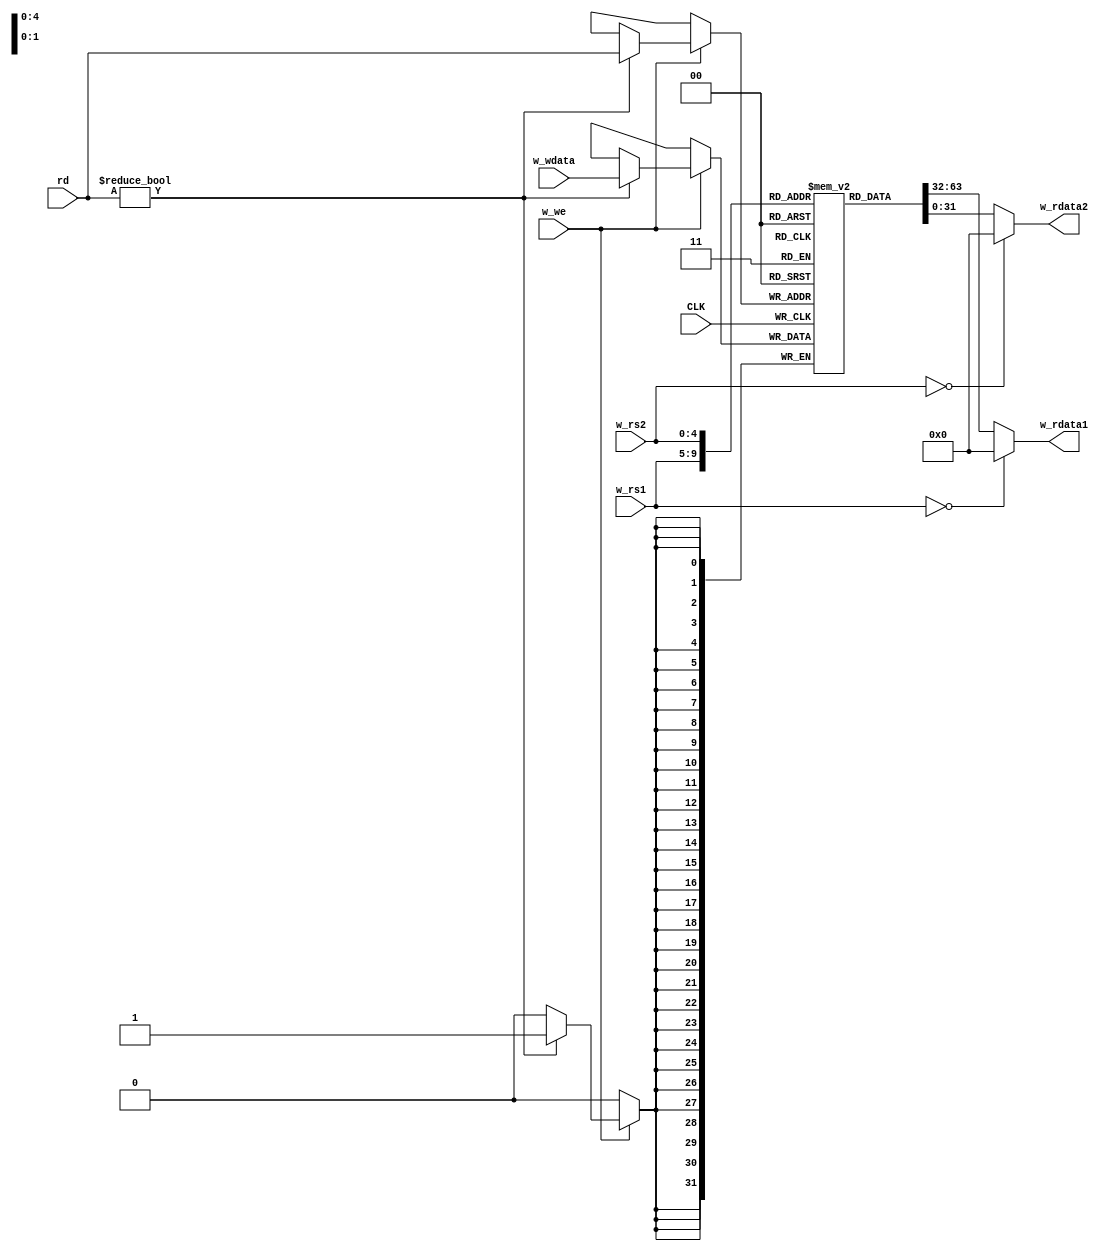
// RISCV microcontroller, extracted from the RVSoC project of the Kise Lab of
// the University of Tokyo. BSD License.


// 2-ported register file
//
module m_regfile (CLK, w_rs1, w_rs2, w_rdata1, w_rdata2, w_we, rd, w_wdata);
    input  wire        CLK;
    input  wire [ 4:0] w_rs1, w_rs2;
    output wire [31:0] w_rdata1, w_rdata2;
    input  wire        w_we;
    input  wire [ 4:0] rd;
    input  wire [31:0] w_wdata;

    reg [31:0] mem [0:31];

    assign w_rdata1 = (w_rs1 == 0) ? 0 : mem[w_rs1];
    assign w_rdata2 = (w_rs2 == 0) ? 0 : mem[w_rs2];

    always @(posedge CLK) begin
        if(w_we) begin
            if(rd!=0) mem[rd] <= w_wdata;
        end
    end

    wire [31:0] reg8 = mem[8];
    wire [31:0] reg9 = mem[9];
    wire [31:0] reg10 = mem[10];
    wire [31:0] reg11 = mem[11];
    wire [31:0] reg12 = mem[12];
    wire [31:0] reg13 = mem[13];

    integer i;
    initial begin
      for(i=0; i<32; i=i+1) mem[i] = 0;
    end
endmodule

// Pipeline stages
//
`define MC_IF  0     // Inst Fetch + Write-back
`define MC_OF  1     // Operand Fetch
`define MC_EX  2     // Execution
`define MC_MA  3     // Memory Access

// Immediates generator
//
`define OPCODE_OP______ 7'h33
`define OPCODE_OP_IMM__ 7'h13
`define OPCODE_LOAD____ 7'h03
`define OPCODE_JALR____ 7'h67
`define OPCODE_STORE___ 7'h23
`define OPCODE_BRANCH__ 7'h63
`define OPCODE_LUI_____ 7'h37
`define OPCODE_AUIPC___ 7'h17
`define OPCODE_JAL_____ 7'h6F
`define OPCODE_JALR____ 7'h67
`define OPCODE_MISC_MEM 7'h0F
`define OPCODE_SYSTEM__ 7'h73

module m_imm_gen(w_inst, r_imm);
    input  wire [31:0]  w_inst;
    output reg  [31:0]  r_imm;
    
    wire [6:0] opcode = w_inst[6:0];
    wire [31:0] imm_I = { {21{w_inst[31]}}, w_inst[30:25], w_inst[24:20] };
    wire [31:0] imm_S = { {21{w_inst[31]}}, w_inst[30:25], w_inst[11:8], w_inst[7] };
    wire [31:0] imm_B = { {20{w_inst[31]}}, w_inst[7],w_inst[30:25] ,w_inst[11:8], 1'b0 };
    wire [31:0] imm_U = { w_inst[31:12], 12'b0 };
    wire [31:0] imm_J = { {12{w_inst[31]}}, w_inst[19:12], w_inst[20], w_inst[30:25], w_inst[24:21], 1'b0 };
    wire [31:0] imm_C = { 27'b0, w_inst[19:15] };
    
    always @(*) begin
        case (opcode)
            `OPCODE_OP_IMM__ : r_imm = imm_I;
            `OPCODE_STORE___ : r_imm = imm_S;
            `OPCODE_LOAD____ : r_imm = imm_I;
            `OPCODE_LUI_____ : r_imm = imm_U;
            `OPCODE_BRANCH__ : r_imm = imm_B;
            `OPCODE_AUIPC___ : r_imm = imm_U;
            `OPCODE_JAL_____ : r_imm = imm_J;
            `OPCODE_JALR____ : r_imm = imm_I;
            `OPCODE_SYSTEM__ : r_imm = imm_C;
            default          : r_imm = 0;
        endcase
    end
endmodule

// Integer ALU
//
`define FUNCT3_ADD___   3'h0
`define FUNCT3_SLL___   3'h1
`define FUNCT3_SLT___   3'h2
`define FUNCT3_SLTU__   3'h3
`define FUNCT3_XOR___   3'h4
`define FUNCT3_SRL___   3'h5
`define FUNCT3_OR____   3'h6
`define FUNCT3_AND___   3'h7

module m_alu_i (w_in1, w_in2, w_funct3, w_funct7, r_rslt);
    input wire [31:0]   w_in1, w_in2;
    input wire  [2:0]   w_funct3;
    input wire  [6:0]   w_funct7;
    output reg [31:0]   r_rslt;
    
    wire signed [31:0] w_sin1 = w_in1;
    wire signed [31:0] w_sin2 = w_in2;
    
    wire [4:0] w_shamt = w_in2[4:0];
    
    always@(*) begin
        case (w_funct3)
            `FUNCT3_ADD___ : r_rslt = (w_funct7) ? w_in1 - w_in2 : w_in1 + w_in2;
            `FUNCT3_SLL___ : r_rslt = w_in1 << w_shamt;
            `FUNCT3_SLT___ : r_rslt = {31'b0, w_sin1 < w_sin2};
            `FUNCT3_SLTU__ : r_rslt = {31'b0, w_in1 < w_in2};
            `FUNCT3_XOR___ : r_rslt = w_in1 ^ w_in2;
            `FUNCT3_SRL___ : begin
                                if(w_funct7[5]) r_rslt = w_sin1 >>> w_shamt;
                                else            r_rslt = w_in1   >> w_shamt;
                            end
            `FUNCT3_OR____ : r_rslt = w_in1 | w_in2;
            `FUNCT3_AND___ : r_rslt = w_in1 & w_in2;
            default        : begin
                r_rslt = 0;
`ifdef __ICARUS__
                $write("ILLEGAL INSTRUCTION! in alu_i\n");
                $finish();
`endif
            end
        endcase
    end
endmodule

// Branch destination ALU
//
`define FUNCT3_BEQ___   3'h0
`define FUNCT3_BNE___   3'h1
`define FUNCT3_BLT___   3'h4
`define FUNCT3_BGE___   3'h5
`define FUNCT3_BLTU__   3'h6
`define FUNCT3_BGEU__   3'h7

module m_alu_b(w_in1, w_in2, w_funct3, r_rslt);
    input wire [31:0]  w_in1, w_in2;
    input wire  [2:0]  w_funct3;
    output reg         r_rslt;

    wire signed [31:0] w_sin1 = w_in1;
    wire signed [31:0] w_sin2 = w_in2;

    always@(*) begin
        case(w_funct3)
            `FUNCT3_BEQ___ : r_rslt = w_in1 == w_in2;
            `FUNCT3_BNE___ : r_rslt = w_in1 != w_in2;
            `FUNCT3_BLT___ : r_rslt = w_sin1 < w_sin2;
            `FUNCT3_BGE___ : r_rslt = w_sin1 >= w_sin2;
            `FUNCT3_BLTU__ : r_rslt = w_in1 < w_in2;
            `FUNCT3_BGEU__ : r_rslt = w_in1 >= w_in2;
            default        : r_rslt = 0;
        endcase
    end
endmodule

`define ACCESS_READ     0
`define ACCESS_WRITE    1
`define ACCESS_CODE     2

// local memory size and location
`define UC_TADDR        4'h1
`define D_UC_LM_BITS    14 // 2^14 = 16KB
`define D_UC_LM_SIZE    (1<<(`D_UC_LM_BITS))

// Simple RV32I CPU / microcontroller
//    addr 0x10000000-0x1fffffff is local memory, code must be here
//
module RV32I (
    input  wire         CLK,          // clock
    input  wire         RST_X,        // nReset
    input  wire         w_stall,      // stall execution (wait for main memory)
    output wire [31:0]  w_mic_addr,   // CPU address,
    input  wire [31:0]  w_data,       //     data in,
    output wire [31:0]  w_mic_wdata,  //     data out,
    output wire         w_mic_mmuwe,  //     wr
    output wire  [2:0]  w_mic_ctrl,   // info size: 'funct3' field, to select b/h/w
    output wire  [1:0]  w_mic_req     // info TLB: type of access: 2 = IF, 1 = WR, 0 = RD, 3 = NONE
  );

    reg  [31:0] r_pc     = 0; // program counter (PC)
    reg   [1:0] r_state  = 0; // state, showing the execution stage
    reg  [31:0] r_ir     = 0; // instruction (IR) to be fetched
    reg   [6:0] r_opcode = 0; // a field of IR
    reg   [2:0] r_funct3 = 0; // a field of IR
    reg   [6:0] r_funct7 = 0; // a field of IR
    reg   [4:0] r_rd     = 0; // a field of IR
    reg  [31:0] r_imm    = 0; // immediate 
    reg  [31:0] r_rrs1   = 0; // the first  operand
    reg  [31:0] r_rrs2   = 0; // the second operand
    reg  [31:0] r_rslt   = 0; // the execution result

    reg  [31:0] r_dram_data = 0;
    
    always @(posedge CLK) begin
        r_state <= (!RST_X) ? 0 : (w_stall) ? r_state : (r_state==`MC_MA) ? `MC_IF : r_state+1;
    end

    wire [31:0] w_mem_rdata;
    wire        w_we = (r_opcode==`OPCODE_STORE___ && r_state==`MC_EX);

    wire [31:0] w_reg_d  = (r_opcode==`OPCODE_LOAD____) ? w_mem_rdata : r_rslt;
    wire        w_reg_we = (r_opcode==`OPCODE_LOAD____) ? 1 :
                           (r_opcode==`OPCODE_LUI_____) ? 1 :
                           (r_opcode==`OPCODE_AUIPC___) ? 1 :
                           (r_opcode==`OPCODE_JAL_____) ? 1 :
                           (r_opcode==`OPCODE_JALR____) ? 1 :
                           (r_opcode==`OPCODE_OP______) ? 1 :
                           (r_opcode==`OPCODE_OP_IMM__) ? 1 : 0;

    assign w_mic_req = (r_state==`MC_IF)                                ? `ACCESS_CODE  :
                       (r_state==`MC_EX && w_we)                        ? `ACCESS_WRITE :
                       (r_state==`MC_EX && r_opcode==`OPCODE_LOAD____)  ? `ACCESS_READ  : 3;

    /******************************************** OF  *********************************************/
    wire [31:0] w_ir;
    wire  [6:0] w_op      = w_ir[ 6: 0];
    wire  [4:0] w_rd      = w_ir[11: 7];
    wire  [4:0] w_rs1     = w_ir[19:15];
    wire  [4:0] w_rs2     = w_ir[24:20];
    wire  [2:0] w_funct3  = w_ir[14:12];
    wire  [6:0] w_funct7  = w_ir[31:25];
    wire [11:0] w_funct12 = w_ir[31:20];
    wire [31:0] w_imm;
    wire [31:0] w_rrs1, w_rrs2;

    m_imm_gen imm_gen0(w_ir, w_imm);

    wire w_reg_w = (w_reg_we && r_state==`MC_IF && !w_stall); // regfile write_enable
    
    m_regfile regs(CLK, w_rs1, w_rs2, w_rrs1, w_rrs2, w_reg_w, r_rd, w_reg_d);

    reg  [31:0] r_mic_addr  = 0;
    always @(posedge CLK) begin
        if(r_state == `MC_OF) begin
            r_ir       <= w_ir;
            r_opcode   <= w_op;
            r_rd       <= w_rd;
            r_funct3   <= w_funct3;
            r_funct7   <= w_funct7;
            r_imm      <= w_imm;
            r_rrs1     <= w_rrs1;
            r_rrs2     <= w_rrs2;
            r_mic_addr <= w_rrs1 + w_imm;
        end
    end

    /******************************************** EX  *********************************************/
    wire [31:0] w_alu_i_rslt; // integer ALU's result
    wire        w_alu_b_rslt; // branch resolution unit's result

    wire  [6:0] w_alu_fn7 = (r_opcode==`OPCODE_OP_IMM__) ? 
                            ((r_funct3==`FUNCT3_ADD___) ? 0 : r_funct7 & 7'h20) : r_funct7;

    wire [31:0] w_in2 = (r_opcode==`OPCODE_OP_IMM__) ? r_imm : r_rrs2;
    
    m_alu_i ALU_I (r_rrs1, w_in2, r_funct3, w_alu_fn7, w_alu_i_rslt);
    m_alu_b ALU_B (r_rrs1, w_in2, r_funct3, w_alu_b_rslt);

    reg  [31:0] r_jmp_pc    = 0;
    reg         r_tkn       = 0;

    always @(posedge CLK) begin
        if(r_state == `MC_EX) begin
           //$write("PC:%08x OPCODE=%7b, ir=%8x\n", r_pc, r_opcode, r_ir);
           case(r_opcode)  
               `OPCODE_LUI_____ : r_rslt <= r_imm;
               `OPCODE_AUIPC___ : r_rslt <= r_pc + r_imm;
               `OPCODE_JAL_____ : r_rslt <= r_pc + 4;
               `OPCODE_JALR____ : r_rslt <= r_pc + 4;
               `OPCODE_OP______ : r_rslt <= w_alu_i_rslt;
               `OPCODE_OP_IMM__ : r_rslt <= w_alu_i_rslt;
               `OPCODE_BRANCH__ : r_rslt <= 0;
               `OPCODE_LOAD____ : r_rslt <= 0;
               `OPCODE_STORE___ : r_rslt <= 0;
               `OPCODE_MISC_MEM : r_rslt <= 0;
               default : begin
                   r_rslt <= 0;
`ifdef __ICARUS__
                   $write("UNKNOWN OPCODE DETECT in Micro Controller!!\n");
                   $write("PC:%08x OPCODE=%7b, ir=%8x\n", r_pc, r_opcode, r_ir);
                   $write("Simulation Stopped...\n");
                   $finish();
`endif
               end
           endcase
            r_jmp_pc <= (r_opcode==`OPCODE_JALR____) ? r_rrs1+r_imm : r_pc+r_imm;
            r_tkn    <= (r_opcode==`OPCODE_JAL_____ || r_opcode==`OPCODE_JALR____) ? 1 :
                        (r_opcode==`OPCODE_BRANCH__) ? w_alu_b_rslt : 0;
        end
    end

    /******************************************** MA  *********************************************/
    always@(posedge CLK) begin
        r_dram_data <= w_data;
    end

    assign  w_mic_addr  = r_mic_addr;
    assign  w_mic_wdata = r_rrs2;
    assign  w_mic_ctrl  = r_funct3;

    wire [31:0] w_lcm_data; // data from local memory
    
    wire [31:0] w_mic_insn_addr = r_pc;
    wire [31:0] w_mic_insn_data;
    assign  w_ir = w_mic_insn_data;

    reg  [2:0] r_ctrl  = 3;
    reg  [1:0] r_addr2 = 0;

    wire [31:0] w_wdata_t, w_odata1, w_odata2;

    always@(posedge CLK) begin
        r_addr2 <= w_mic_addr;
        r_ctrl  <= w_mic_ctrl;
    end

    // Select Output DATA
    assign w_wdata_t =  (w_mic_ctrl[1:0]==0) ? {4{w_mic_wdata[ 7:0]}} :
                        (w_mic_ctrl[1:0]==1) ? {2{w_mic_wdata[15:0]}} :
                        w_mic_wdata;

    assign w_mic_insn_data  = w_odata1;
    
    wire [31:0] w_odata2_t   = w_odata2;
    wire [31:0] w_odata2_t2  = w_odata2_t >> {r_addr2[1:0], 3'b0};

    wire [31:0] w_odata2_lb  = {{24{w_odata2_t2[7]}}, w_odata2_t2[7:0]};
    wire [31:0] w_odata2_lbu = {24'h0, w_odata2_t2[7:0]};
    wire [31:0] w_odata2_lh  = {{16{w_odata2_t2[15]}}, w_odata2_t2[15:0]};
    wire [31:0] w_odata2_lhu = {16'h0, w_odata2_t2[15:0]};
    
    assign w_lcm_data = (r_ctrl[2:0]==3'b000) ? w_odata2_lb :
                        (r_ctrl[2:0]==3'b100) ? w_odata2_lbu:
                        (r_ctrl[2:0]==3'b001) ? w_odata2_lh :
                        (r_ctrl[2:0]==3'b101) ? w_odata2_lhu: w_odata2_t2;

    // Check Write Enable
    wire  [3:0] w_we_sb = (4'b0001 << w_mic_addr[1:0]);
    wire  [3:0] w_we_sh = (4'b0011 << {w_mic_addr[1], 1'b0});
    wire  [3:0] w_we_sw = 4'b1111;
    wire  [3:0] w_mic_lcmwe =   (!(w_we && w_mic_addr[31:28]==`UC_TADDR && !w_stall))   ? 0 :
                                (w_mic_ctrl[1:0]==2)                            ? w_we_sw :
                                (w_mic_ctrl[1:0]==1)                            ? w_we_sh : w_we_sb;

    // BRAM local memory
    m_lm_mc lm_mc(CLK,
                  w_mic_insn_addr[`D_UC_LM_BITS-1:2], w_odata1,
                  w_mic_lcmwe, w_mic_addr[`D_UC_LM_BITS-1:2], w_odata2, w_wdata_t
                );
    
    assign w_mic_mmuwe  = w_we && (w_mic_addr[31:28]!=`UC_TADDR);
    assign w_mem_rdata  = (w_mic_addr[31:28]==`UC_TADDR) ? w_lcm_data : r_dram_data;

    // Update PC
    always @(posedge CLK) begin
        r_pc <= (!RST_X) ? {`UC_TADDR, 28'h0000000}
                         : (r_state!=`MC_MA || w_stall) ? r_pc : (r_tkn) ? r_jmp_pc : r_pc+4;
    end

endmodule

// Dual ported BRAM for controller local memory, preloaded with code
//
module m_lm_mc(
    input  wire                         CLK,

    input  wire [(`D_UC_LM_BITS-2)-1:0] w_addr1,    // instruction port
    output  reg                  [31:0] r_odata1,
    
    input  wire                   [3:0] w_we,       // data port
    input  wire [(`D_UC_LM_BITS-2)-1:0] w_addr2,
    output  reg                  [31:0] r_odata2,
    input  wire                  [31:0] w_idata
  );

    reg [31:0] mem[0:(`D_UC_LM_SIZE/4)-1];
    initial begin
        $readmemh("random_mem.hex", mem);
    end

    always@(posedge CLK) begin
        r_odata1 <= mem[w_addr1];
    end

    always @(posedge CLK) begin
        if (w_we[0]) mem[w_addr2][ 7: 0] <= w_idata[ 7: 0];
        if (w_we[1]) mem[w_addr2][15: 8] <= w_idata[15: 8];
        if (w_we[2]) mem[w_addr2][23:16] <= w_idata[23:16];
        if (w_we[3]) mem[w_addr2][31:24] <= w_idata[31:24];
        r_odata2 <= mem[w_addr2];
    end

endmodule